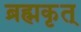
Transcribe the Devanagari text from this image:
ब्रह्मकृत्